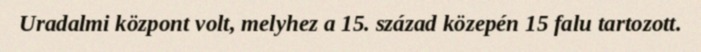
Uradalmi központ volt, melyhez a 15. század közepén 15 falu tartozott.